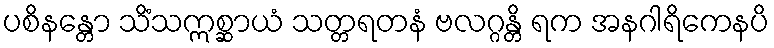
ပစိနန္တော သိံသဣစ္ဆာယံ သတ္တရတနံ ဗလဂ္ဂန္တိ ရက အနဂါရိကေနပိ